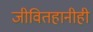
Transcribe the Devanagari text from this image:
जीवितहानीही